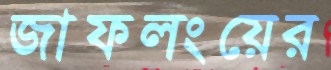
জাফলংয়ের